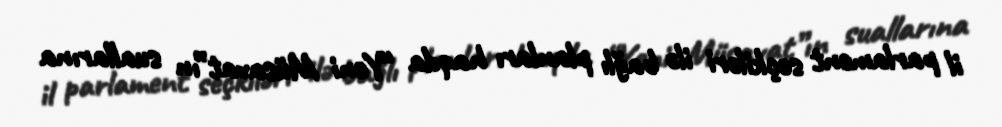
il parlament seçkiləri ilə bağlı planları haqda “Yeni Müsavat”ın suallarına